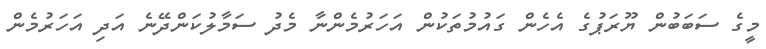
މީގެ ސަބަބުން ޔޫރަޕުގެ އެހެން ގައުމުތަކުން އަހަރުމެންނާ މެދު ސަމާލުކަންދޭނެ އަދި އަހަރުމެން